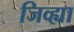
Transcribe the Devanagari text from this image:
जिव्ह्या